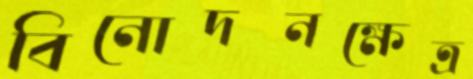
বিনোদনক্ষেত্র